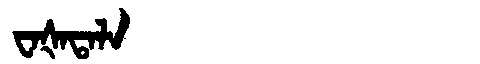
Manchu: ᠸᠠᡧᠠᡨᠠᠯᠠ
Romanization: WAŠATALA